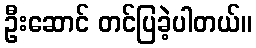
ဦးဆောင် တင်ပြခဲ့ပါတယ်။